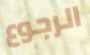
الرجوع